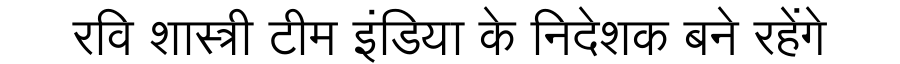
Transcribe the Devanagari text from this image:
रवि शास्त्री टीम इंडिया के निदेशक बने रहेंगे